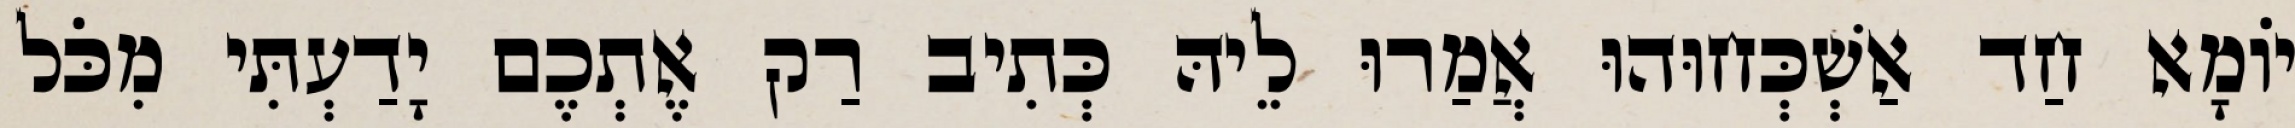
יוֹמָא חַד אַשְׁכְּחוּהוּ אֲמַרוּ לֵיהּ כְּתִיב רַק אֶתְכֶם יָדַעְתִּי מִכֹּל